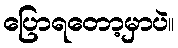
ပြောရတော့မှာပဲ။